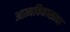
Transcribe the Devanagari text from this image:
आत्मविकासाचा